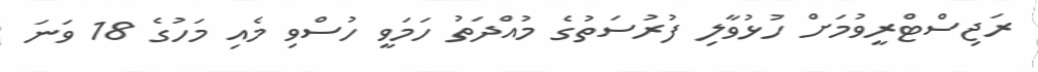
ރަޖިސްޓްރީވުމަށް ހުޅުވާލި ފުރުސަތުގެ މުއްދަތު ހަމަވީ ހުސްވި މެއި މަހުގެ 18 ވަނަ